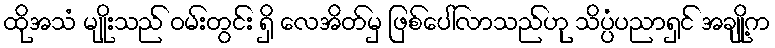
ထိုအသံ မျိုးသည် ဝမ်းတွင်း ရှိ လေအိတ်မှ ဖြစ်ပေါ်လာသည်ဟု သိပ္ပံပညာရှင် အချို့က